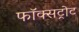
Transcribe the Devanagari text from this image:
फॉक्सट्रोट